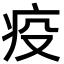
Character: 疫